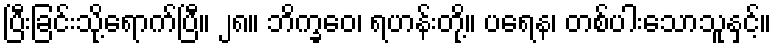
ပြီးခြင်းသို့ရောက်ပြီ။ ၂၈။ ဘိက္ခဝေ၊ ရဟန်းတို့။ ပရေန၊ တစ်ပါးသောသူနှင့်။